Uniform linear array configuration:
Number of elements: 24
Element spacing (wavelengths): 0.25
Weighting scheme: cosine
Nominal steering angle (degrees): -15
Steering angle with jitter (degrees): -14.147
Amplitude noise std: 0.05
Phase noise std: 0.05

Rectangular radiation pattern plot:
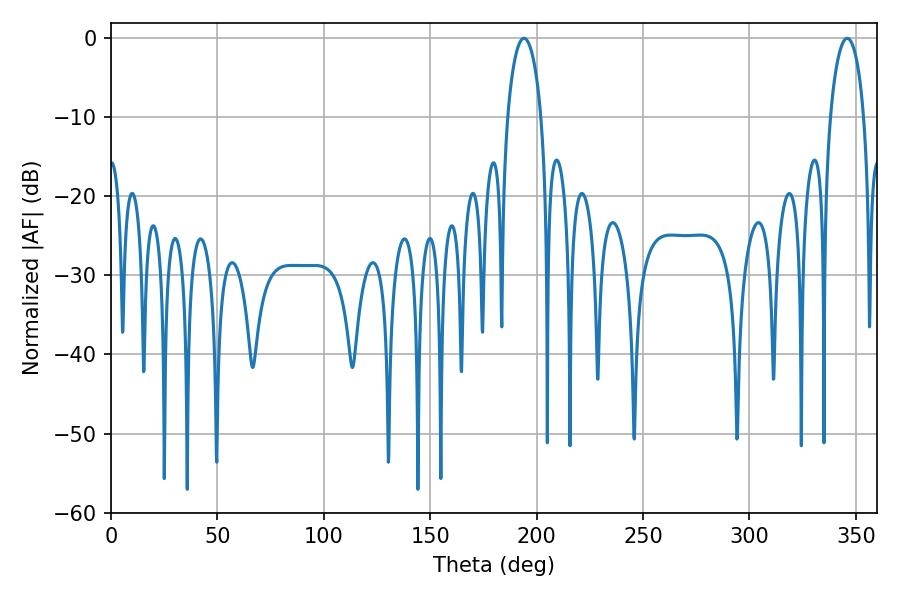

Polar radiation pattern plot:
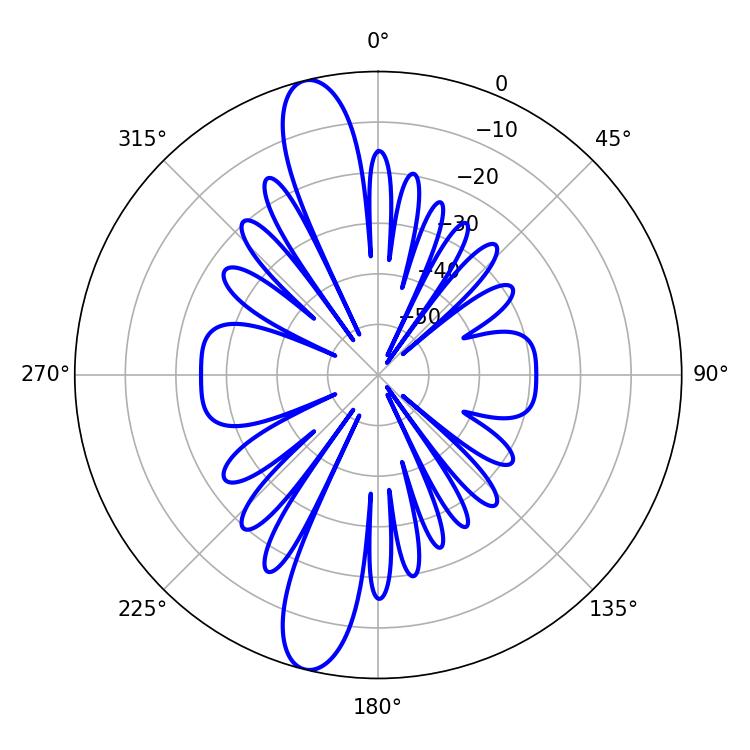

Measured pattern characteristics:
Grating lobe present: FALSE
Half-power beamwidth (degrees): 9
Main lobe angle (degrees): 194.04